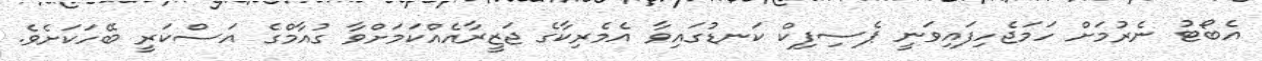
އެބޯޓު ނެރުމަށް ހަމަޖެހިފައިވަނީ ޕެސިފިކް ކަނޑުގައިވާ އެމެރިކާގެ ޖަޒީރާއެއްކަމަށްވާ ގުއާމްގެ އަސްކަރީ ބޭހަކަށެވެ.